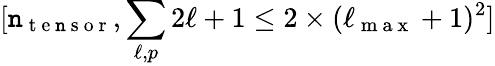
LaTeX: [\mathtt{n}_{\mathrm{{~t~e~\mathtt{n}~s~o~r~}}},\sum_{\ell,p}{2\ell+1}\leq2\times(\ell_{\mathrm{{~m~a~x~}}}+1)^{2}]